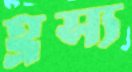
হ্রস্য